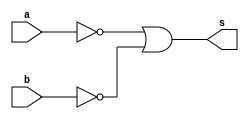
// -------------------------
// Nome: Pedro Henrique Hardeman Guedes
// -------------------------
// -------------------------
// -- Nand gate (Morgan)
// -------------------------
module andgate ( output s, 
                               input  a, 
                               input  b);
assign s = (~a) | (~b);
endmodule // Nandgate
// ---------------------
// -- test Nand gate
// ---------------------
module testNandgate;
// ------------------------- dados locais
   reg   a, b; // definir registradores
wire  s;    // definir conexao (fio)
// ------------------------- instancia
   andgate NAND1 (s, a, b);
// ------------------------- preparacao
   initial begin:start
                   // atribuicao simultanea
// dos valores iniciais
      a=0; b=0;
   end// ------------------------- parte principal
   initial begin
      $display("Exercicio1 - Pedro Henrique Hardeman Guedes - 397260");
      $display("Test NAND gate");
$display("\na & b = s\n");
      a=0; b=0;
  #1  $display("%b & %b = %b", a, b, s);
      a=0; b=1;
  #1  $display("%b & %b = %b", a, b, s);
      a=1; b=0;
  #1  $display("%b & %b = %b", a, b, s);
      a=1; b=1;
  #1  $display("%b & %b = %b", a, b, s);
end
endmodule // testandgate